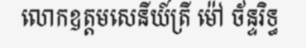
លោកឧត្តមសេនីយ៍ត្រី ម៉ៅ ច័ន្ទរិទ្ធ